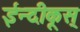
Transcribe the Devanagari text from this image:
ईन्दीकूस्